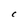
Character: C